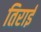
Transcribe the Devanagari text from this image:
तिराई